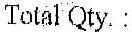
TOTAL QTY. :